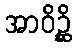
အာဝိဉ္ဆိ